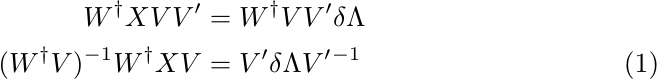
\begin{align}
    W^\dagger X VV' &= W^\dagger VV' \delta\Lambda \notag \\
    (W^\dagger V)^{-1} W^\dagger X V &= V' \delta\Lambda V'{}^{-1} \label{Seq:perteigdiagdeg}
\end{align}